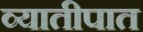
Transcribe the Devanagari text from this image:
व्यातीपात